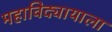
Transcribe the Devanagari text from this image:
महाविद्यायाला